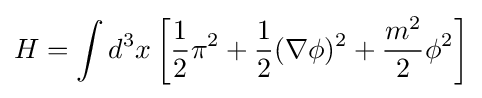
H=\int d^{3}x\left[{1 \over 2}\pi ^{2}+{1 \over 2}(\nabla \phi )^{2}+{m^{2} \over 2}\phi ^{2}\right]